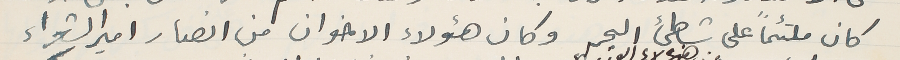
كان ملتئماً على شاطىء البحر وكان هؤلاء الاخوان من انصار امير الشعراء